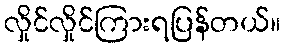
လှိုင်လှိုင်ကြားရပြန်တယ်။